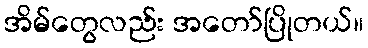
အိမ်တွေလည်း အတော်ပြိုတယ်။